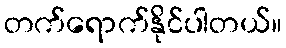
တက်ရောက်နိုင်ပါတယ်။